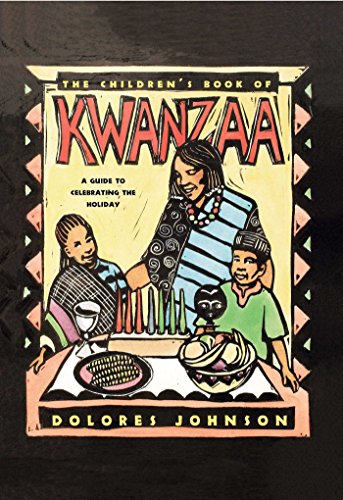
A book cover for The Children's Book of Kwanzaa: A Guide to Celebrating the Holiday; Dolores Johnson; Children's Books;